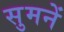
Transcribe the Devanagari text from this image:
सुमनें